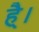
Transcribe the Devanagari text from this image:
है्।